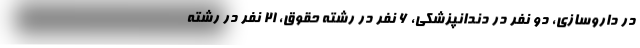
در داروسازی، دو نفر در دندانپزشکی، ۶ نفر در رشته حقوق، ۲۱ نفر در رشته